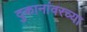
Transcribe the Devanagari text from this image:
दुकानांवरच्या